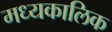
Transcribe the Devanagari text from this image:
मध्यकालिक